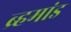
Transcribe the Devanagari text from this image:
ब्र्हमांड